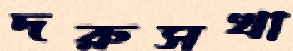
দরুসখা